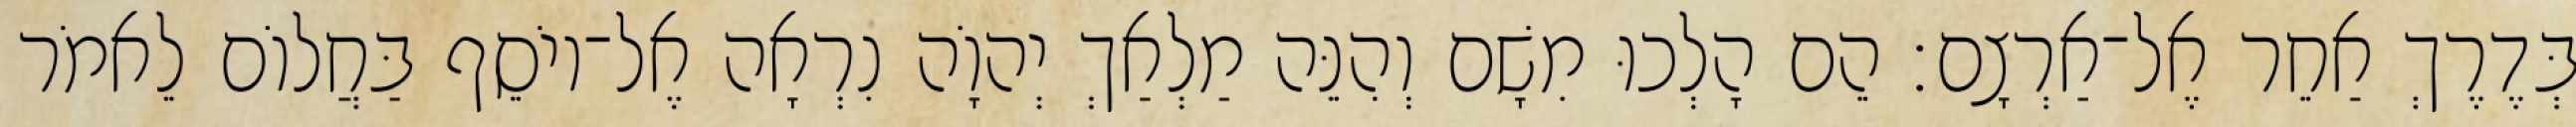
בְּדֶרֶךְ אַחֵר אֶל־אַרְצָם׃ הֵם הָלְכוּ מִשָׁם וְהִנֵּה מַלְאַךְ יְהוָֹה נִרְאָה אֶל־יוֹסֵף בַּחֲלוֹם לֵאמֹר